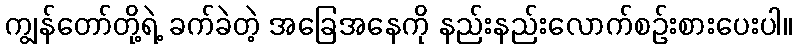
ကျွန်တော်တို့ရဲ့ ခက်ခဲတဲ့ အခြေအနေကို နည်းနည်းလောက်စဉ်းစားပေးပါ။